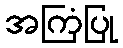
အကြံပြု